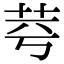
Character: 𦭃